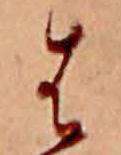
は